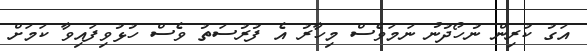
އަގު ކުރިން ނުހޯދުނު ނަމަވެސް މިހާރު އެ ފުރުސަތު ވެސް ހުޅުވިފައިވާ ކަމަށް